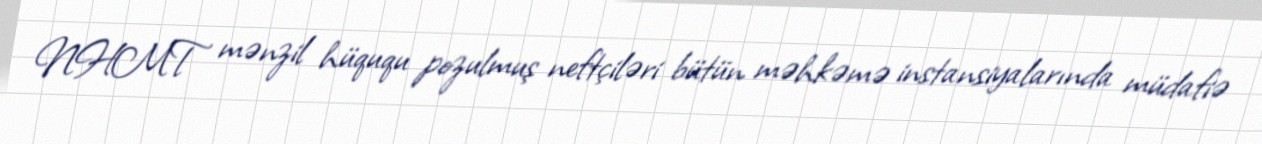
NHMT mənzil hüququ pozulmuş neftçiləri bütün məhkəmə instansiyalarında müdafiə